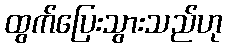
ထွက်ပြေးသွားသည်ဟု